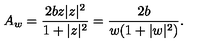
A _ { w } = \frac { 2 b z | z | ^ { 2 } } { 1 + | z | ^ { 2 } } = \frac { 2 b } { w ( 1 + | w | ^ { 2 } ) } .